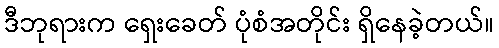
ဒီဘုရားက ရှေးခေတ် ပုံစံအတိုင်း ရှိနေခဲ့တယ်။